Triennial report on the lunatic asylums in the province of Eastern Bengal and Assam - 1903-1911
Year: 1903
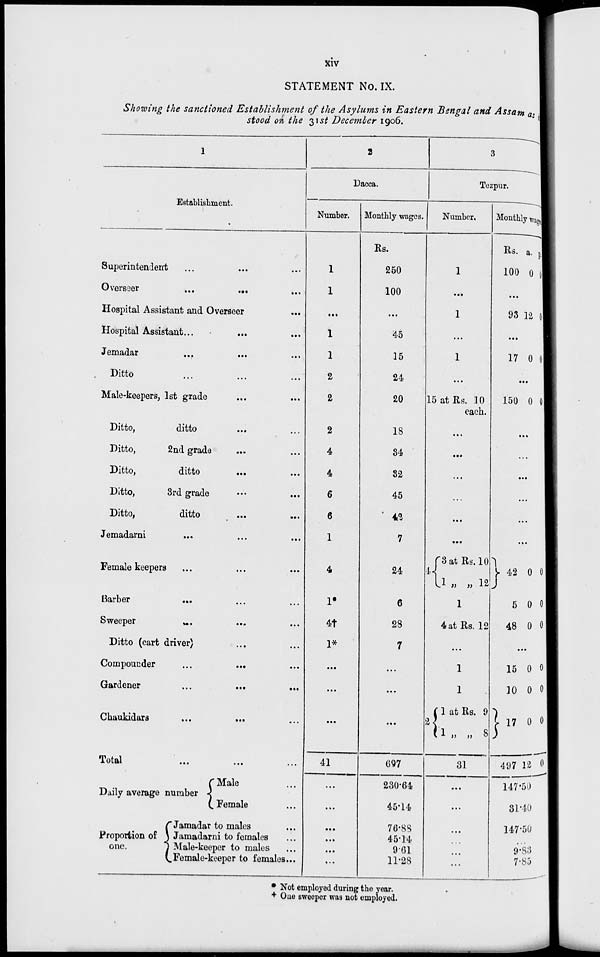
xiv
STATEMENT No. IX.
Showing the sanctioned Establishment of the Asylums in Eastern Bengal and Assam as
stood on the 31st December 1906.
1
Establishment.
Superintendent ... ... ...
Overseer
...
... ...
Hospital Assistant and Overseer ...
Hospital Assistant... ... ...
Jemadar ... ... ...
Ditto ... ... ...
Male-keepers, 1st grade ... ...
Ditto,
ditto ... ...
Ditto,
2nd grade ... ...
Ditto,
ditto ... ...
Ditto,
3rd grade ... ...
Ditto,
ditto ... ...
Jemadarni
...
...
...
Female keepers ... ... ...
Barber
... ... ...
Sweeper
...
...
...
Ditto (cart driver) ... ...
Compounder ... ... ...
Gardener
...
...
...
Chaukidars ... ... ...
Total ... ... ...
Daily average number
Proportion of
one.
Male ...
Female ...
Jamadar to males ...
Jamadarni to females ...
Male-keeper to males ...
Female-keeper to females ...
2
Dacca.
Number.
1
1
...
1
1
2
2
2
4
4
6
6
1
4
1*
4†
1*
...
...
...
41
...
...
...
...
...
...
Monthly wages.
Rs.
250
100
...
45
15
24
20
18
34
32
45
42
7
24
6
28
7
...
...
...
697
230.64
45.14
76.88
45.14
9.61
11.28
3
Tezpur.
Number.
1
...
1
...
1
...
15 at Rs. 10
each.
...
...
...
...
...
...
4 3 at Rs. 10
1 „ „ 12
1
4 at Rs. 12
...
1
1
2
1 at Rs. 9
1 „ „ 8
31
...
...
...
...
...
...
Monthly wages.
Rs.
100
a.
0
p.
0
...
93 12 0
...
17 0 0
...
150 0 0
...
...
...
...
...
...
42
5
48
0
0
0
0
0
0
...
15
10
17
497
0
0
0
12
0
0
0
0
147.50
31.40
147.50
...
9.83
7.85
* Not employed during the year.
† One sweeper was not employed.